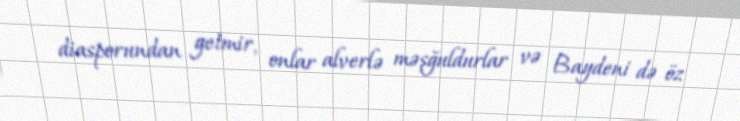
diasporundan getmir, onlar alverlə məşğuldurlar və Baydeni də öz